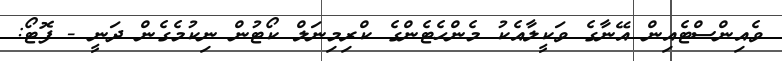
ވެއިންސްޓެއިން އޭނާގެ ވަކީލާއެކު މެންހެޓެންގެ ކްރިމިނަލް ކޯޓުން ނިކުމެގެން ދަނީ - ފޮޓޯ: